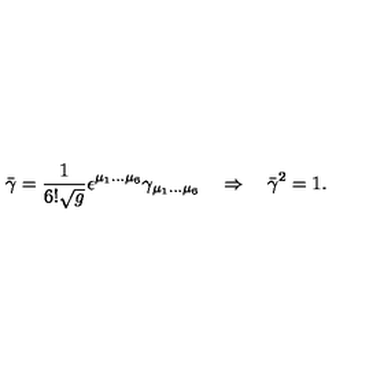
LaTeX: \bar { \gamma } = \frac 1 { 6 ! \sqrt g } \epsilon ^ { \mu _ { 1 } \dots \mu _ { 6 } } \gamma _ { \mu _ { 1 } \dots \mu _ { 6 } } \quad \Rightarrow \quad \bar { \gamma } ^ { 2 } = 1 .